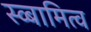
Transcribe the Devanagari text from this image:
स्व्बामित्व